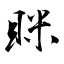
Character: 眯